Rangoon Lunatic Asylum 1878-1892 - 1878-1892
Year: 1878
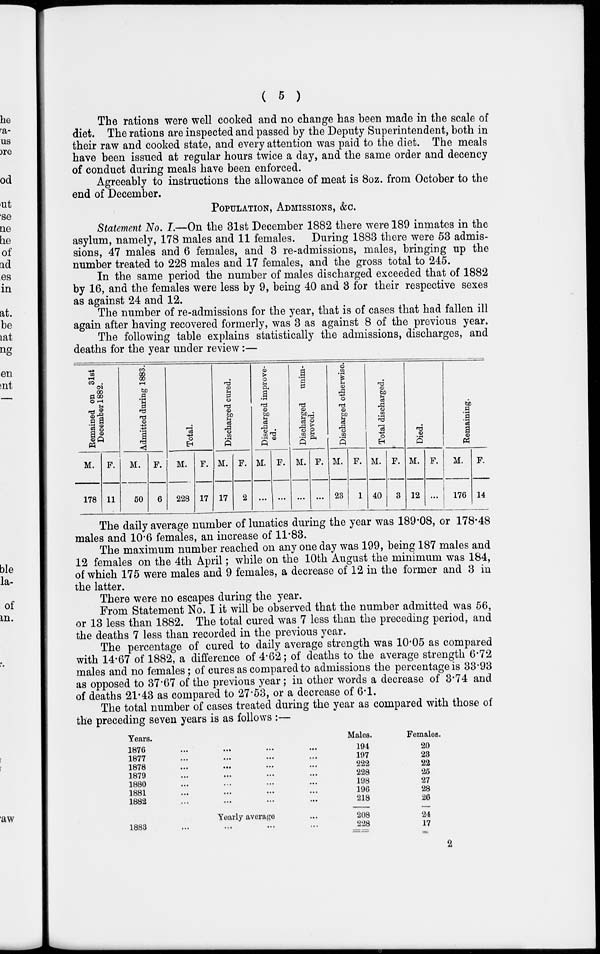
( 5 )
The rations were well cooked and no change has been made in the scale of
diet. The rations are inspected and passed by the Deputy Superintendent, both in
their raw and cooked state, and every attention was paid to the diet. The meals
have been issued at regular hours twice a day, and the same order and decency
of conduct during meals have been enforced.
Agreeably to instructions the allowance of meat is 8oz. from October to the
end of December.
POPULATION, ADMISSIONS, &c.
Statement No. I.—On the 31st December 1882 there were 189 inmates in the
asylum, namely, 178 males and 11 females. During 1883 there were 53 admis-
sions, 47 males and 6 females, and 3 re-admissions, males, bringing up the
number treated to 228 males and 17 females, and the gross total to 245.
In the same period the number of males discharged exceeded that of 1882
by 16, and the females were less by 9, being 40 and 3 for their respective sexes
as against 24 and 12.
The number of re-admissions for the year, that is of cases that had fallen ill
again after having recovered formerly, was 3 as against 8 of the previous year.
The following table explains statistically the admissions, discharges, and
deaths for the year under review:—
Remained on 31 st
December 1882.
M.
178
F.
11
Admitted during 1883.
M.
50
F.
6
Total.
M.
228
F.
17
Discharged cured.
M.
17
F.
2
Discharged improve-
ed.
M.
...
F.
...
Discharged
unim-
proved.
M.
...
F.
...
Discharged otherwise.
M.
23
F.
1
Total discharged.
M.
40
F.
3
Died.
M.
12
F.
...
Remaining.
M.
176
F.
14
The daily average number of lunatics during the year was 189.08, or 178.48
males and 10.6 females, an increase of 11.83.
The maximum number reached on any one day was 199, being 187 males and
12 females on the 4th April; while on the 10th August the minimum was 184,
of which 175 were males and 9 females, a decrease of 12 in the former and 3 in
the latter.
There were no escapes during the year.
From Statement No. I it will be observed that the number admitted was 56,
or 13 less than 1882. The total cured was 7 less than the preceding period, and
the deaths 7 less than recorded in the previous year.
The percentage of cured to daily average strength was 10.05 as compared
with 14.67 of 1882, a difference of 4.62; of deaths to the average strength 6.72
males and no females; of cures as compared to admissions the percentage is 33.93
as opposed to 37.67 of the previous year; in other words a decrease of 3.74 and
of deaths 21.43 as compared to 27.53, or a decrease of 6.1.
The total number of cases treated during the year as compared with those of
the preceding seven years is as follows :—
Years.
1876 ... ... ... ...
1877 ... ... ... ...
1878 ... ... ... ...
1879 ... ... ... ...
1880 ... ... ... ...
1881 ... ... ... ...
1882 ... ... ... ...
Yearly average ...
1883 ... ... ... ...
Males.
194
197
222
228
198
196
218
208
228
Females.
20
23
22
25
27
28
26
24
17
2